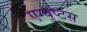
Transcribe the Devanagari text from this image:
एग्युप्टस